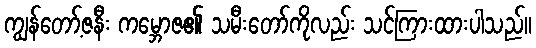
ကျွန်တော့်ဇနီး ကမ္ဘောဇ၏ သမီးတော်ကိုလည်း သင်ကြားထားပါသည်။